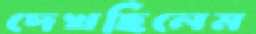
দেখছিলেম